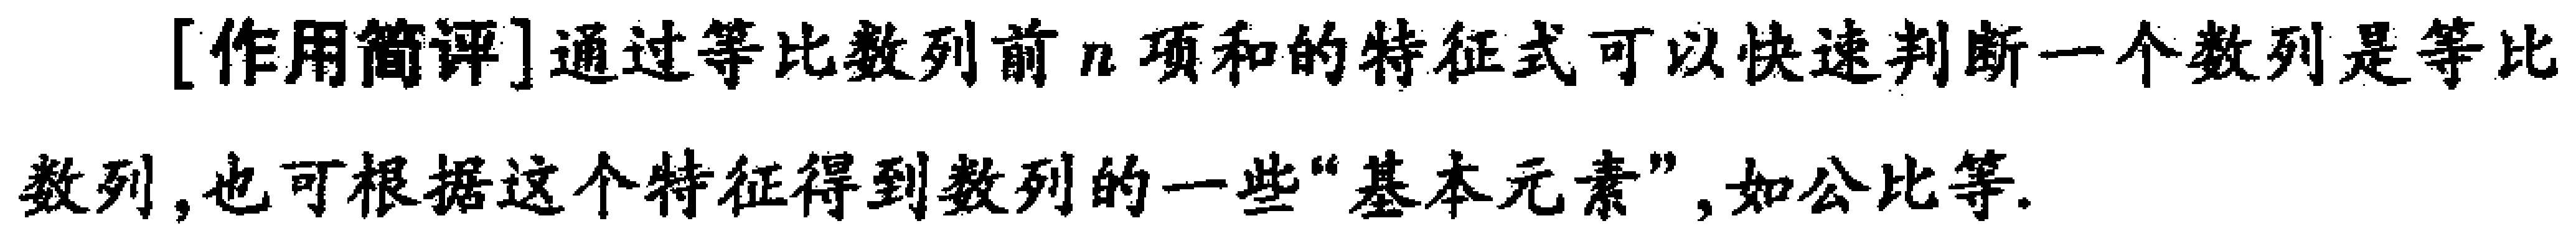
[作用简评]通过等比数列前\(n\)项和的特征式可以快速判断一个数列是等比数列,也可根据这个特征得到数列的一些"基本元素",如公比等.